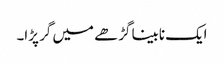
ایک نابینا گڑھے میں گر پڑا۔